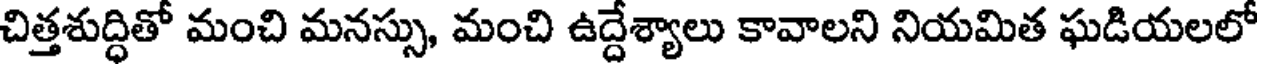
చిత్తశుద్ధితో మంచి మనస్సు, మంచి ఉద్దేశ్యాలు కావాలని నియమిత ఘడియలలో